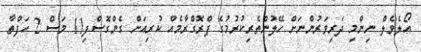
އޯލެވެލް ނިންމި ދަރިވަރުންނަށް ހޭލުންތެރިކުރުުމުގެ ޕްރޮގްރާމެއް ކުރިއަށް ގެންގޮސްފި11 މަސް 2 ހަފްތާ